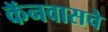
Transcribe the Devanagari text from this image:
कॅनवासचे